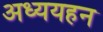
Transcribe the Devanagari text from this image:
अध्ययहन